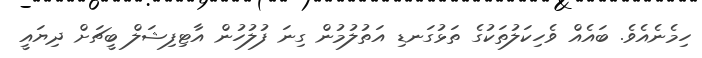
ހިމެނެއެވެ. ބައެއް ވެހިކަލުތަކުގެ ތަޅުގަނޑި އަތުލުމުން ގިނަ ފުލުހުން އާޓިފިޝަލް ބީޗަށް ދިޔައީ